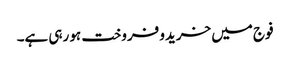
فوج میں خریدو فروخت ہو رہی ہے۔